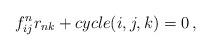
LaTeX: \begin{align*}f^n_{ij}r_{nk}+cycle(i,j,k)=0\,,\end{align*}